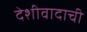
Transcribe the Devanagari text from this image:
देशीवादाची